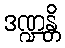
ဒဏ္ဍန္တိ